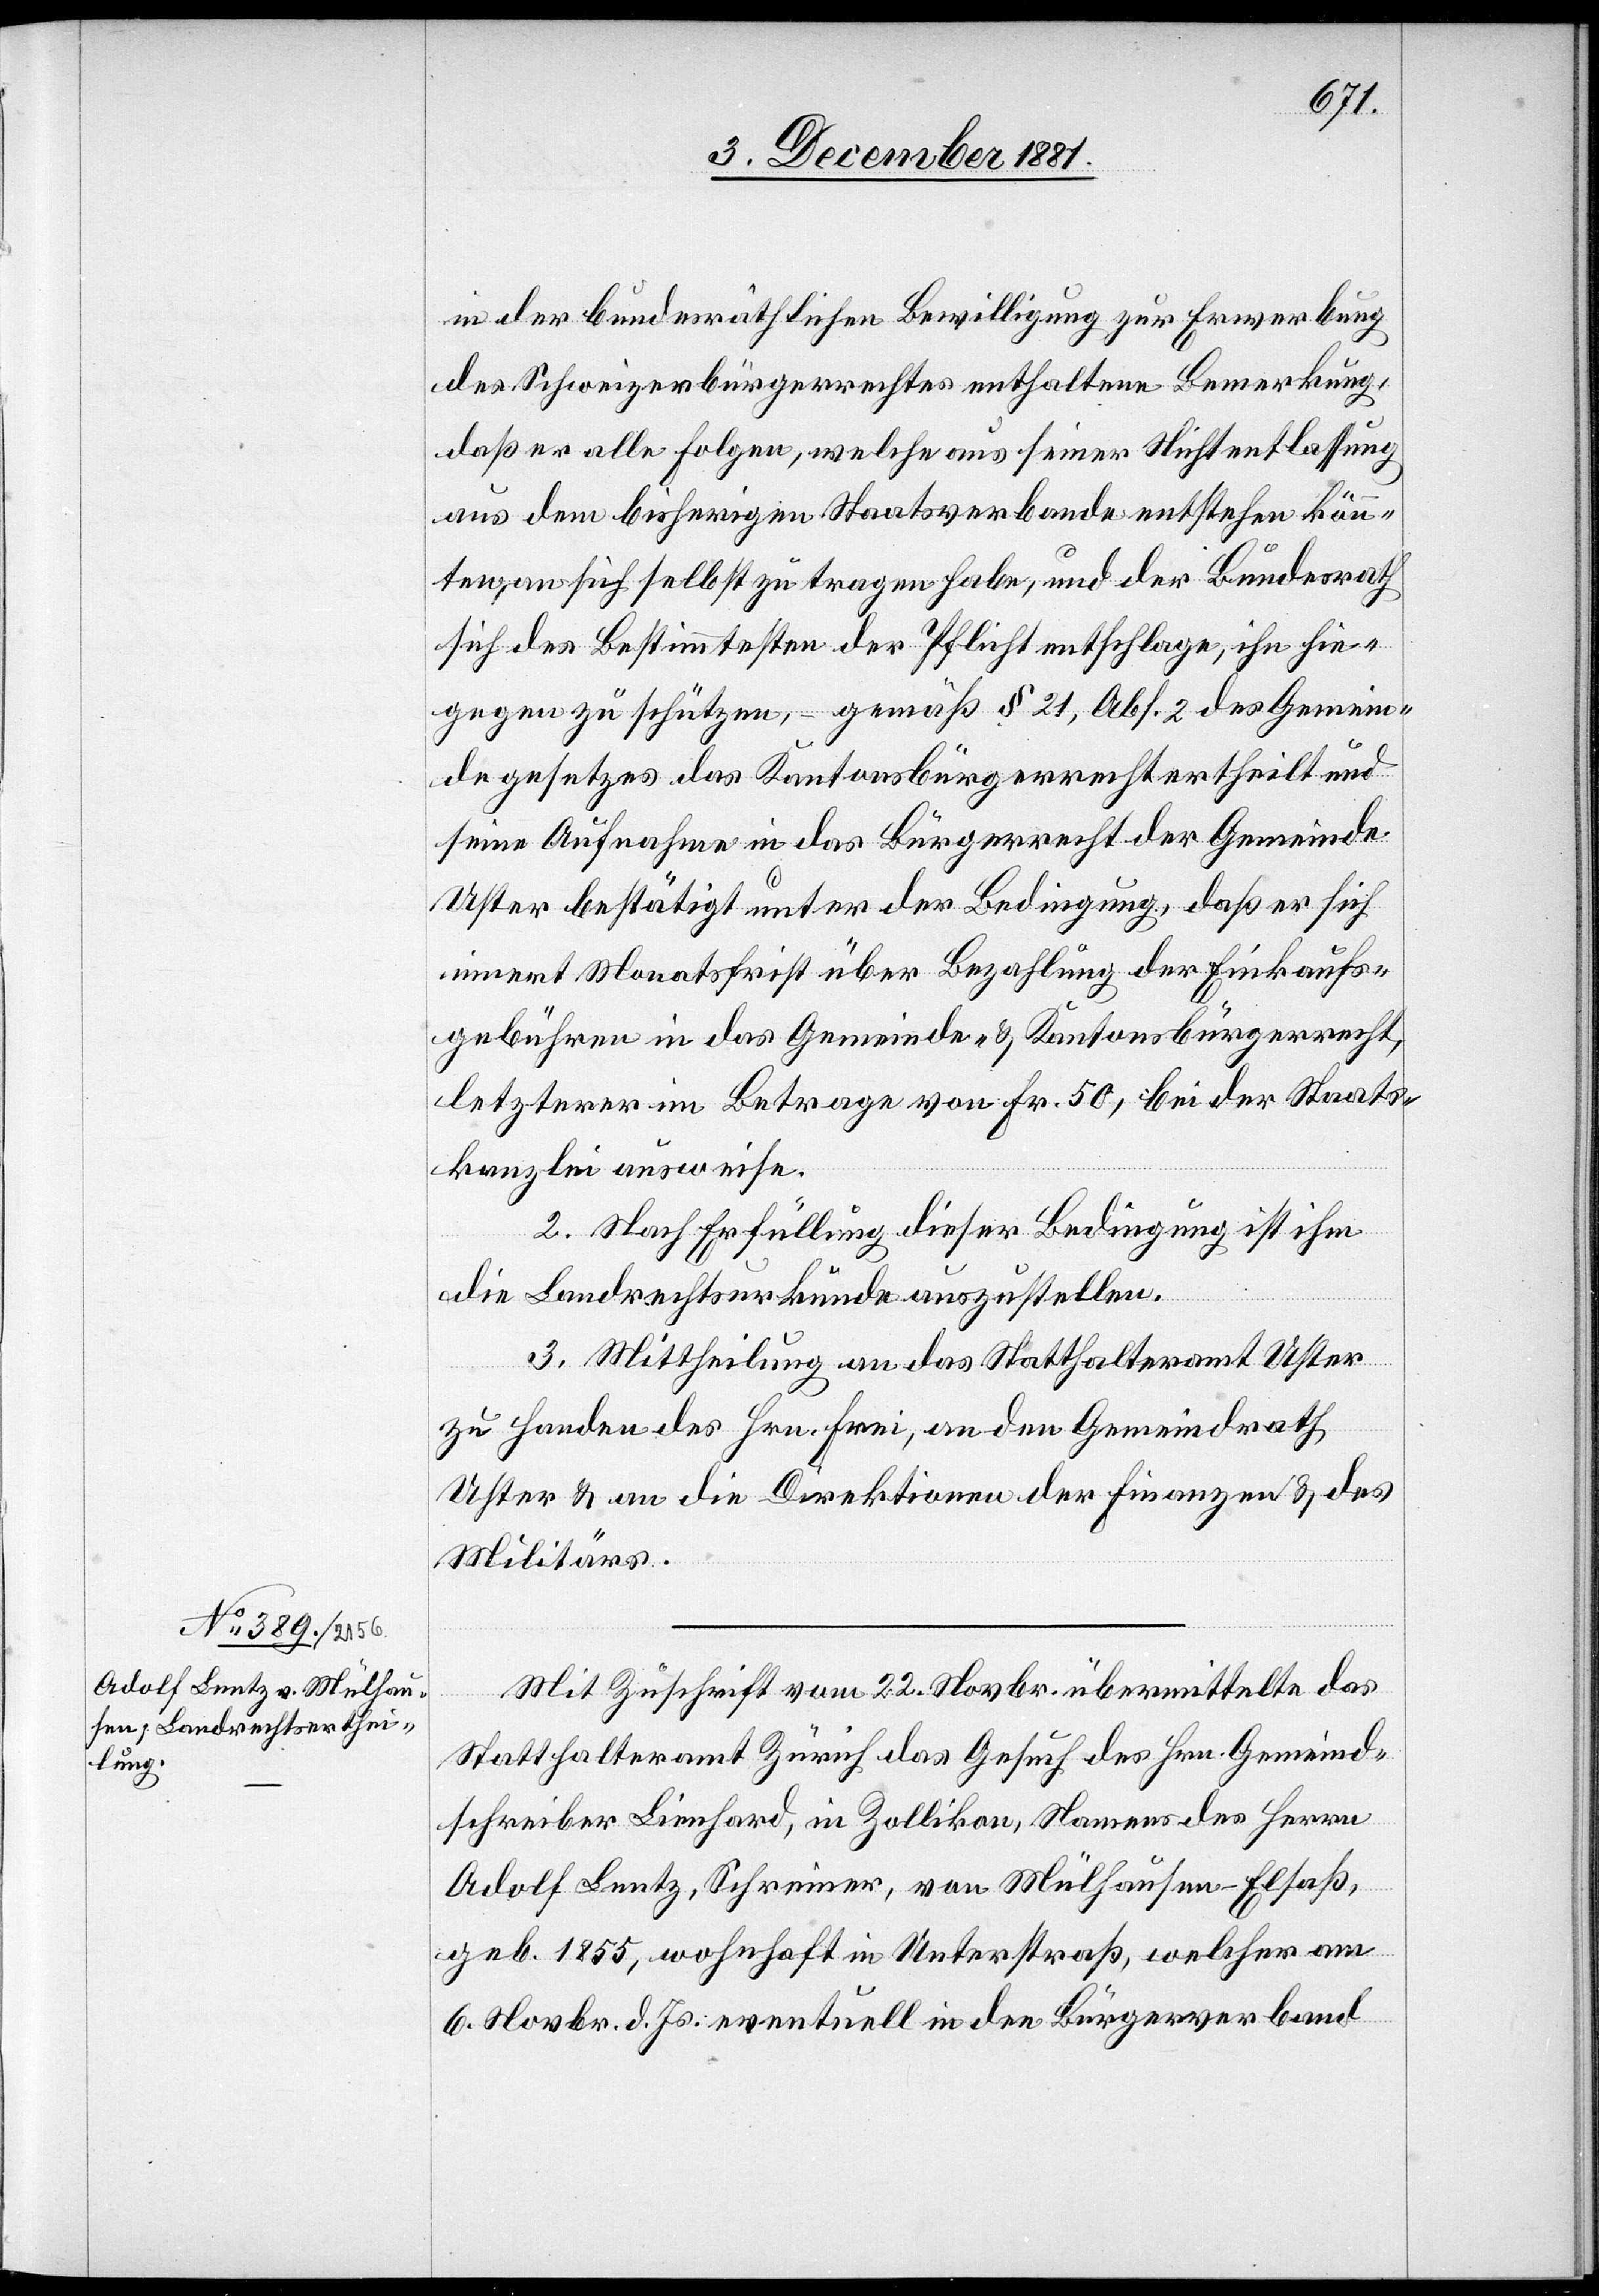
in der bundesräthlichen Bewilligung zur Erwerbung
des Schweizerbürgerrechtes enthaltenen Bemerkung,
daß er alle Folgen, welche aus seiner Nichtentlassung
aus dem bisherigen Staatsverbande entstehen könn¬
ten, an sich selbst zu tragen haben, und der Bundesrath
sich des Bestimmtesten der Pflicht entschlage, ihn hie¬
gegen zu schützen, – gemäß § 21, Abs. 2 des Gemein¬
degesetzes das Kantonsbürgerrecht ertheilt und
seine Aufnahme in das Bürgerrecht der Gemeinde
Uster bestätigt unter der Bedingung, daß er sich
innert Monatsfrist über Bezahlung der Einkaufs¬
gebühren in das Gemeinde- & Kantonsbürgerrecht,
letzterer im Betrage von Fr. 50, bei der Staats¬
kanzlei ausweise.
2. Nach Erfüllung dieser Bedingung ist ihm
die Landrechtsurkunde auszustellen.
3. Mittheilung an das Statthalteramt Uster
zu Handen des Hrn. Frei, an den Gemeindrath
Uster & an die Direktionen der Finanzen & des
Militärs.
Mit Zuschrift vom 22. Novbr. übermittelte das
Statthalteramt Zürich das Gesuch des Hrn. Gemeind¬
schreiber Lienhard, in Zollikon, Namens des Herrn
Adolf Lentz, Schreiner, von Mülhausen - Elsaß,
geb. 1855, wohnhaft in Unterstraß, welcher am
6. Novbr. d. Js. eventuell in den Bürgerverband